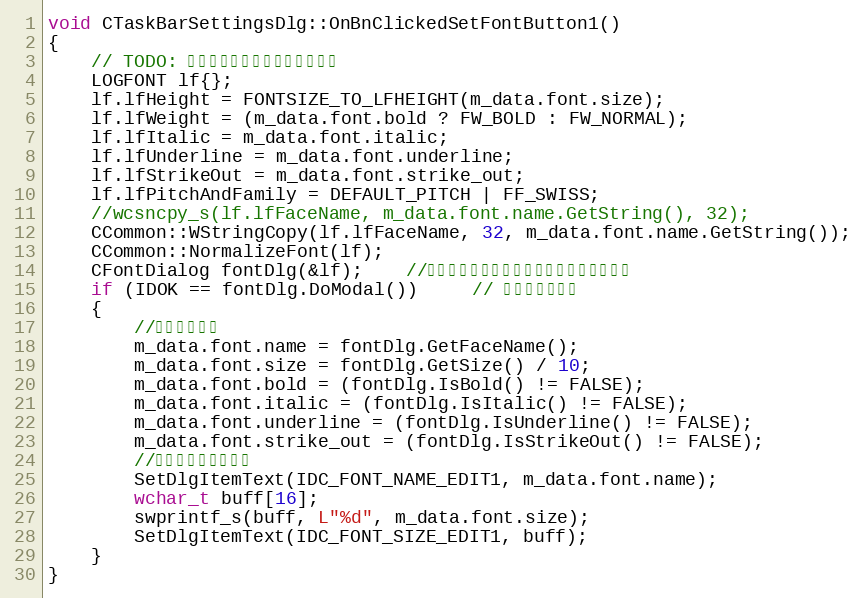
Language: C++
void CTaskBarSettingsDlg::OnBnClickedSetFontButton1()
{
	// TODO: 在此添加控件通知处理程序代码
	LOGFONT lf{};
	lf.lfHeight = FONTSIZE_TO_LFHEIGHT(m_data.font.size);
	lf.lfWeight = (m_data.font.bold ? FW_BOLD : FW_NORMAL);
	lf.lfItalic = m_data.font.italic;
	lf.lfUnderline = m_data.font.underline;
	lf.lfStrikeOut = m_data.font.strike_out;
	lf.lfPitchAndFamily = DEFAULT_PITCH | FF_SWISS;
	//wcsncpy_s(lf.lfFaceName, m_data.font.name.GetString(), 32);
	CCommon::WStringCopy(lf.lfFaceName, 32, m_data.font.name.GetString());
	CCommon::NormalizeFont(lf);
	CFontDialog fontDlg(&lf);	//构造字体对话框，初始选择字体为之前字体
	if (IDOK == fontDlg.DoModal())     // 显示字体对话框
	{
		//获取字体信息
		m_data.font.name = fontDlg.GetFaceName();
		m_data.font.size = fontDlg.GetSize() / 10;
		m_data.font.bold = (fontDlg.IsBold() != FALSE);
		m_data.font.italic = (fontDlg.IsItalic() != FALSE);
		m_data.font.underline = (fontDlg.IsUnderline() != FALSE);
		m_data.font.strike_out = (fontDlg.IsStrikeOut() != FALSE);
		//将字体信息显示出来
		SetDlgItemText(IDC_FONT_NAME_EDIT1, m_data.font.name);
		wchar_t buff[16];
		swprintf_s(buff, L"%d", m_data.font.size);
		SetDlgItemText(IDC_FONT_SIZE_EDIT1, buff);
	}
}